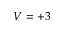
V = + 3